Vital statistics of India. Vol. V, Reports of 1876 on armies & jails and on epidemic cholera
Year: 1876
Disease focus: Cholera
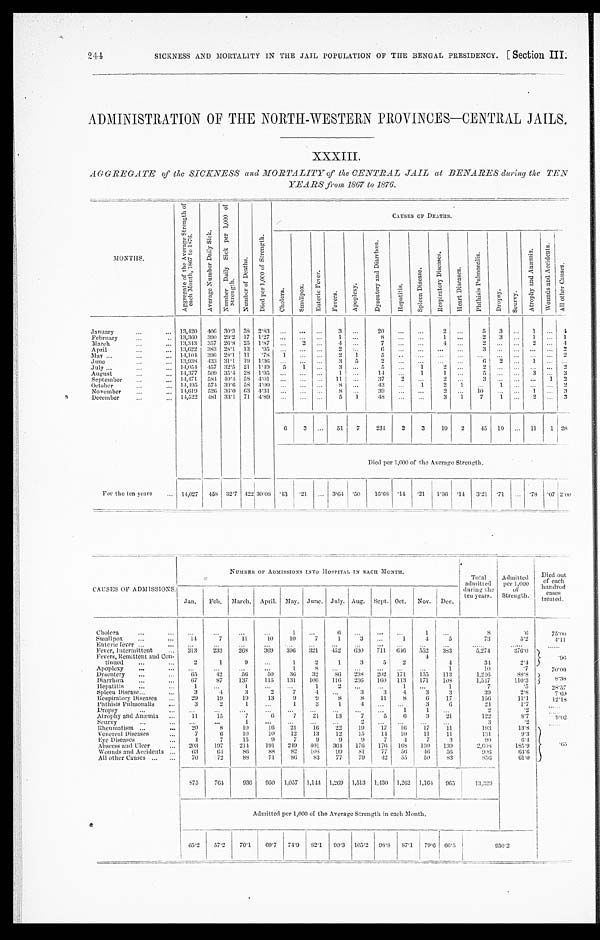
244
SICKNESS AND MORTALITY IN THE JAIL POPULATION OF THE BENGAL PRESIDENCY. [Section III.
ADMINISTRATION OF THE NORTH-WESTERN PROVINCES—CENTRAL JAILS.
XXXIII.
AGGREGATE of the SICKNESS and MORTALITY of the CENTRAL JAIL at BENARES during the TEN
YEARS from 1867 to 1876.
MONTHS.
A g g r e g a t e o f t h e A v e r a g e S t r e n g t h o f e a c h M o n t h , 1 8 6 7 t o 1 8 7 6 .
A v e r a g e N u m b e r D a i l y S i c k .
N u m b e r D a i l y S i c k p e r 1 , 0 0 0 o f S t r e n g t h .
N u m b e r o f D e a t h s .
D i e d p e r 1 , 0 0 0 o f S t r e n g t h .
C A U S E S O F D E A T H S .
C h o l e r a .
S m a l l p o x .
E n t e r i c F e v e r .
F e v e r s .
A p o p l e x y .
D y s e n t e r y a n d D i a r r h œ a
H e p a t i t i s .
S p l e e n D i s e a s e .
R e s p i r a t o r y D i s e a s e s .
H e a r t D i s e a s e s .
P h t h i s i s P u l m o n a l i s .
D r o p s y .
S c u r v y .
A t r o p h y a n d A n æ m i a .
January
1 3 , 4 2 0
4 0 6
3 0 · 3
3 8 2 · 8 3
. . .
. . .
. . .
3 . . .
2 0
. . .
. . .
2
. . .
5
3 . . .
1 . . .
February
1 3 , 3 6 0
3 9 0
2 9 · 2
1 7 1 · 2 7
. . .
. . .
. . . 1
. . .
8
. . .
. . .
1
. . .
2
3 . . .
1 . . .
March
1 3 , 3 4 3
3 5 7
2 6 · 8
2 5 1 · 8 7
. . .
2 . . . 4
. . .
7
. . .
. . .
4
. . .
2
. . .
. . . 2
. . .
April
1 3 , 6 2 2
3 8 3
2 8 · 1
1 3
· 9 5 . . .
. . .
. . .
2 . . .
6 . . .
. . .
. . . . . .
3 . . .
. . . . . .
. . .
May
1 4 , 1 0 4
3 9 6
2 8 · 1
1 1
· 7 8
1
. . .
. . .
2
1 5
. . .
. . .
. . .
. . .
. . .
. . .
. . . . . .
. . .
June
1 3 , 9 3 8
4 3 3
3 1 · 1
1 9 1 · 3 6
. . .
. . .
. . .
3
5
2
. . . . . .
. . .
. . .
6
2 . . .
1 . . .
July
1 4 , 0 5 4
4 5 7
3 2 · 5
2 1 1 · 4 9
5
1 . . .
3 . . .
5
. . .
1 2
. . .
2
. . .
. . . . . .
. . .
August
1 4 , 3 7 7
5 0 9
3 5 · 4
2 8 1 · 9 5
. . .
. . .
. . .
1 . . .
1 4 . . .
1
1 . . .
5
. . .
. . .
3 . . .
September
1 4 , 4 7 1
5 8 4
4 0 · 4
5 8 4 · 0 1
. . .
. . .
. . .
1 1 . . .
3 7 2
. . .
2
. . .
3
. . .
. . . . . .
1
October
1 4 , 4 9 5
5 7 4
3 9 · 6
5 8 4 · 0 0
. . .
. . .
. . . 8
. . .
4 3
. . .
1
2
1
. . . 1
. . . . . .
. . .
November
1 4 , 6 1 9
5 2 6
3 6 · 0
6 3 4 · 3 1
. . .
. . .
. . .
8 . . .
3 9
. . .
. . .
2 . . .
1 0 . . .
. . .
1 . . .
December
1 4 , 5 2 2
4 8 1
3 3 · 1
7 1 4 · 8 9
. . .
. . .
. . .
5
1
4 8 . . .
. . .
3
1
7 1
. . . 2
. . .
6
3 . . .
5 1
7
2 3 4
2
3
1 9
2
4 5 1 0
. . .
1 1
Died per 1,000 of the Average Strength.
For the ten years
14,027 458 32·7 422 30·08 ·43 ·21
. . .
3 · 6 4
·50
16·68 ·14 ·21 1·36 ·14 3·21 ·71
. . .
·78 ·07 2·00
CAUSES OF ADMISSIONS.
NUMBER OF ADMISSIONS INTO HOSPITAL IN EACH MONTH.
Total
admitted
during the
ten years.
Admitted
per 1,000
of
Strength.
Died out
of each
hundred
cases
treated.
Jan. Feb. March. April. May. June. July. Aug. Sept. Oct. Nov. Dec.
Cholera
...
...
...
...
1
. . .
6
...
...
. . .
1
. . .
8
· 6
75·00
Small pox
14
7
11
10
10
7
1
3 ...
1
4
5
73
5·2
4·11
Enteric fever
...
. . .
. . .
. . .
. . .
. . .
. . .
. . .
... ...
. . .
. . .
. . . . . .
. . . . .
. . . . .
Fever, Intermittent
313
233
268 369 396 321 452 630 711 646 552 383
5,274
376·0
· 9 6
Fevers, Remittent and Con
-tinued
2
1
9
...
1
2
1
3
5
2
4
4
34
2·4
Apoplexy
...
...
...
...
1
8
. . .
. . .
. . .
. . .
...
1
10
·7
70·00
Dysentery
6 5
4 2
56
50
3 6
32
86 238 202 171 155 113
1,246
8 8 · 8
8 · 3 8
Diarrhœa
67
87
137
115 131 106 116 236 160 113 171 108
1,547
110·3
Hepatitis
1
. . .
1
. . .
. . .
1
2
. . .
. . .
1
. . .
1
7
· 5 28·57
Spleen Disease.
3
4
3
2
7
4
. . .
3
3
4
3
3
39
2·8
7·69
Respiratory Diseases
29
19
19
13
9
9
8
8
11
8
6
17
156
11·1
12·18
Phthisis Pulmonalis
3
2
1
...
1
3
1
4
. . .
. . .
3
6
24
1·7
Dropsy
. . .
. . . . . .
. . .
...
...
. . .
. . .
. . .
1
1
. . . 2
· 2
. . . . . .
Atrophy and Anæmia
1 1
15
7
6
7
21
13
7
5
6
3
21
122
8·7
9·02
Scurvy
. . .
. . .
1
. . .
. . .
. . .
. . .
2
. . .
. . .
. . .
. . . 3
·2
. . . . . .
Rheumatism
20
8
10
16
21
16 22 19
17 10
17
11
193
13·8
· 6 5
Venereal Diseases
7
6
10
10
12
13
12
15
14 16 11
1 1
131
9·3
Eye Diseases
4
7
15
9
7
9
9
9
7
4
7
3
90
6·4
Abscess and Ulcer
203
197
214
191 249 401 364 176 176 168 130 139
2,608
185·9
Wounds and Accidents
63
64
86
88
82 108
9 9
81
77 56
4 6
56
9 0 6
64·6
All other Causes
70
72
88
71
8 6
83
77
79
42 55
50
83
8 5 6
61·0
875
764
936 950 1,057 1,144 1,269 1,513 1,430 1,262 1,164 965
13,329
Admitted per 1,000 of the Average Strength in each Month.
65·2
57·2
70·1
69·7 74·9
8 2 · 1
90·3 105·2
9 8 · 8
87·1 79·6 66·5
950·2